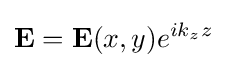
\mathbf {E} =\mathbf {E} (x,y)e^{ik_{z}z}